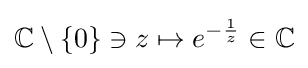
\mathbb {C} \setminus \{0\}\ni z\mapsto e^{-{\frac {1}{z}}}\in \mathbb {C}